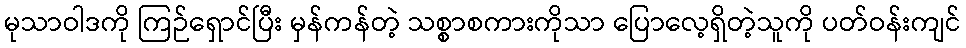
မုသာဝါဒကို ကြဉ်ရှောင်ပြီး မှန်ကန်တဲ့ သစ္စာစကားကိုသာ ပြောလေ့ရှိတဲ့သူကို ပတ်ဝန်းကျင်